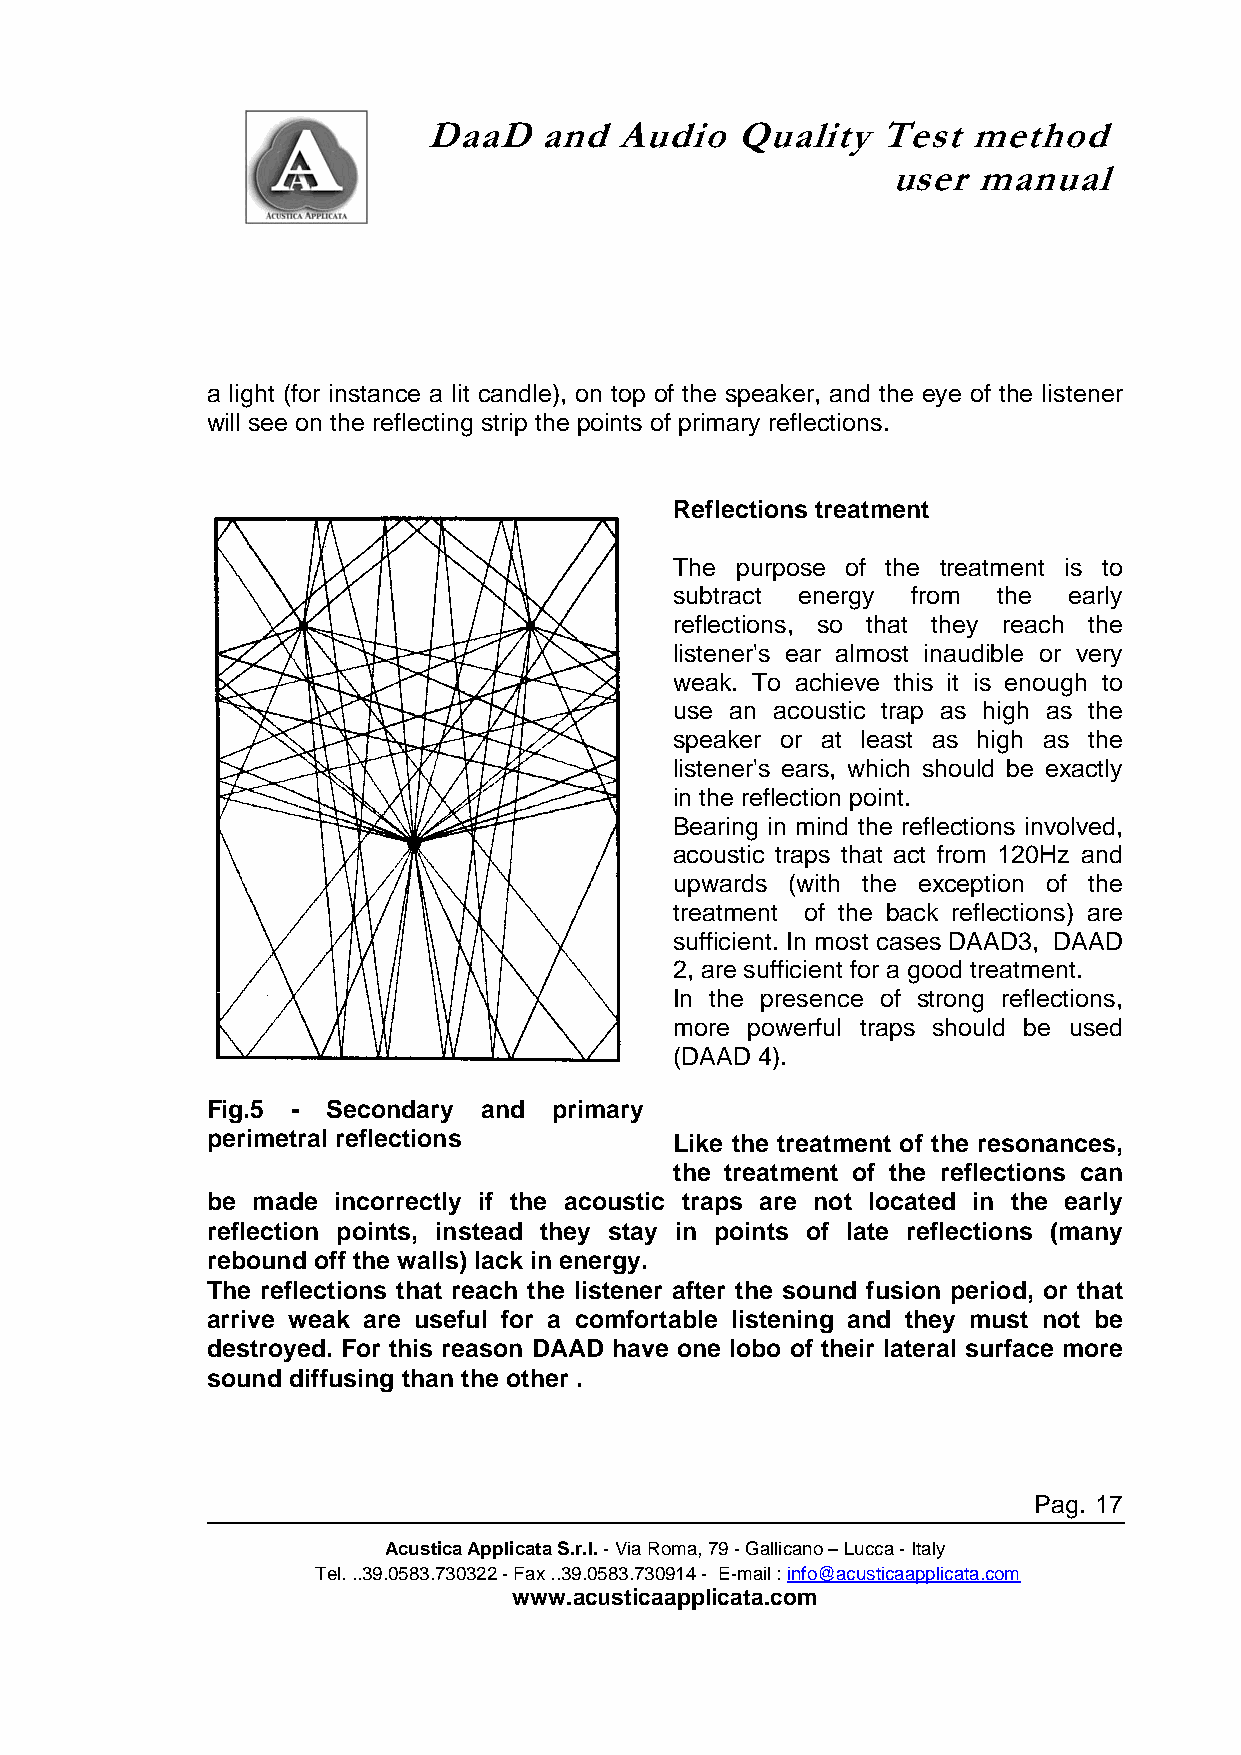
DaaD    and  Audio   Quality  Test  method
 user  manual
 a light (for instance a lit candle), on top of the speaker, and the eye of the listener
 will see on the reflecting strip the points of primary reflections.
 Reflections treatment
 The purpose of the treatment is to
 subtract energy from the  early
 reflections, so that they reach the
 listener's ear almost inaudible or very
 weak. To achieve this it is enough to
 use an acoustic trap as high as the
 speaker or at least as high as the
 listener's ears, which should be exactly
 in the reflection point.
 Bearing in mind the reflections involved,
 acoustic traps that act from 120Hz and
 upwards (with the exception of the
 treatment of the back reflections) are
 sufficient. In most cases DAAD3, DAAD
 2, are sufficient for a good treatment.
 In the presence of strong reflections,
 more powerful traps should be used
 (DAAD 4).
 Fig.5 - Secondary and  primary
 perimetral reflections         Like the treatment of the resonances,
 the treatment of the reflections can
 be made incorrectly if the acoustic traps are not located in the early
 reflection points, instead they stay in points of late reflections (many
 rebound off the walls) lack in energy.
 The reflections that reach the listener after the sound fusion period, or that
 arrive weak are useful for a comfortable listening and they must not be
 destroyed. For this reason DAAD have one lobo of their lateral surface more
 sound diffusing than the other .
 Pag. 17
 Acustica Applicata S.r.l. - Via Roma, 79 - Gallicano – Lucca - Italy
 Tel. ..39.0583.730322 - Fax ..39.0583.730914 - E-mail : info@acusticaapplicata.com
 www.acusticaapplicata.com